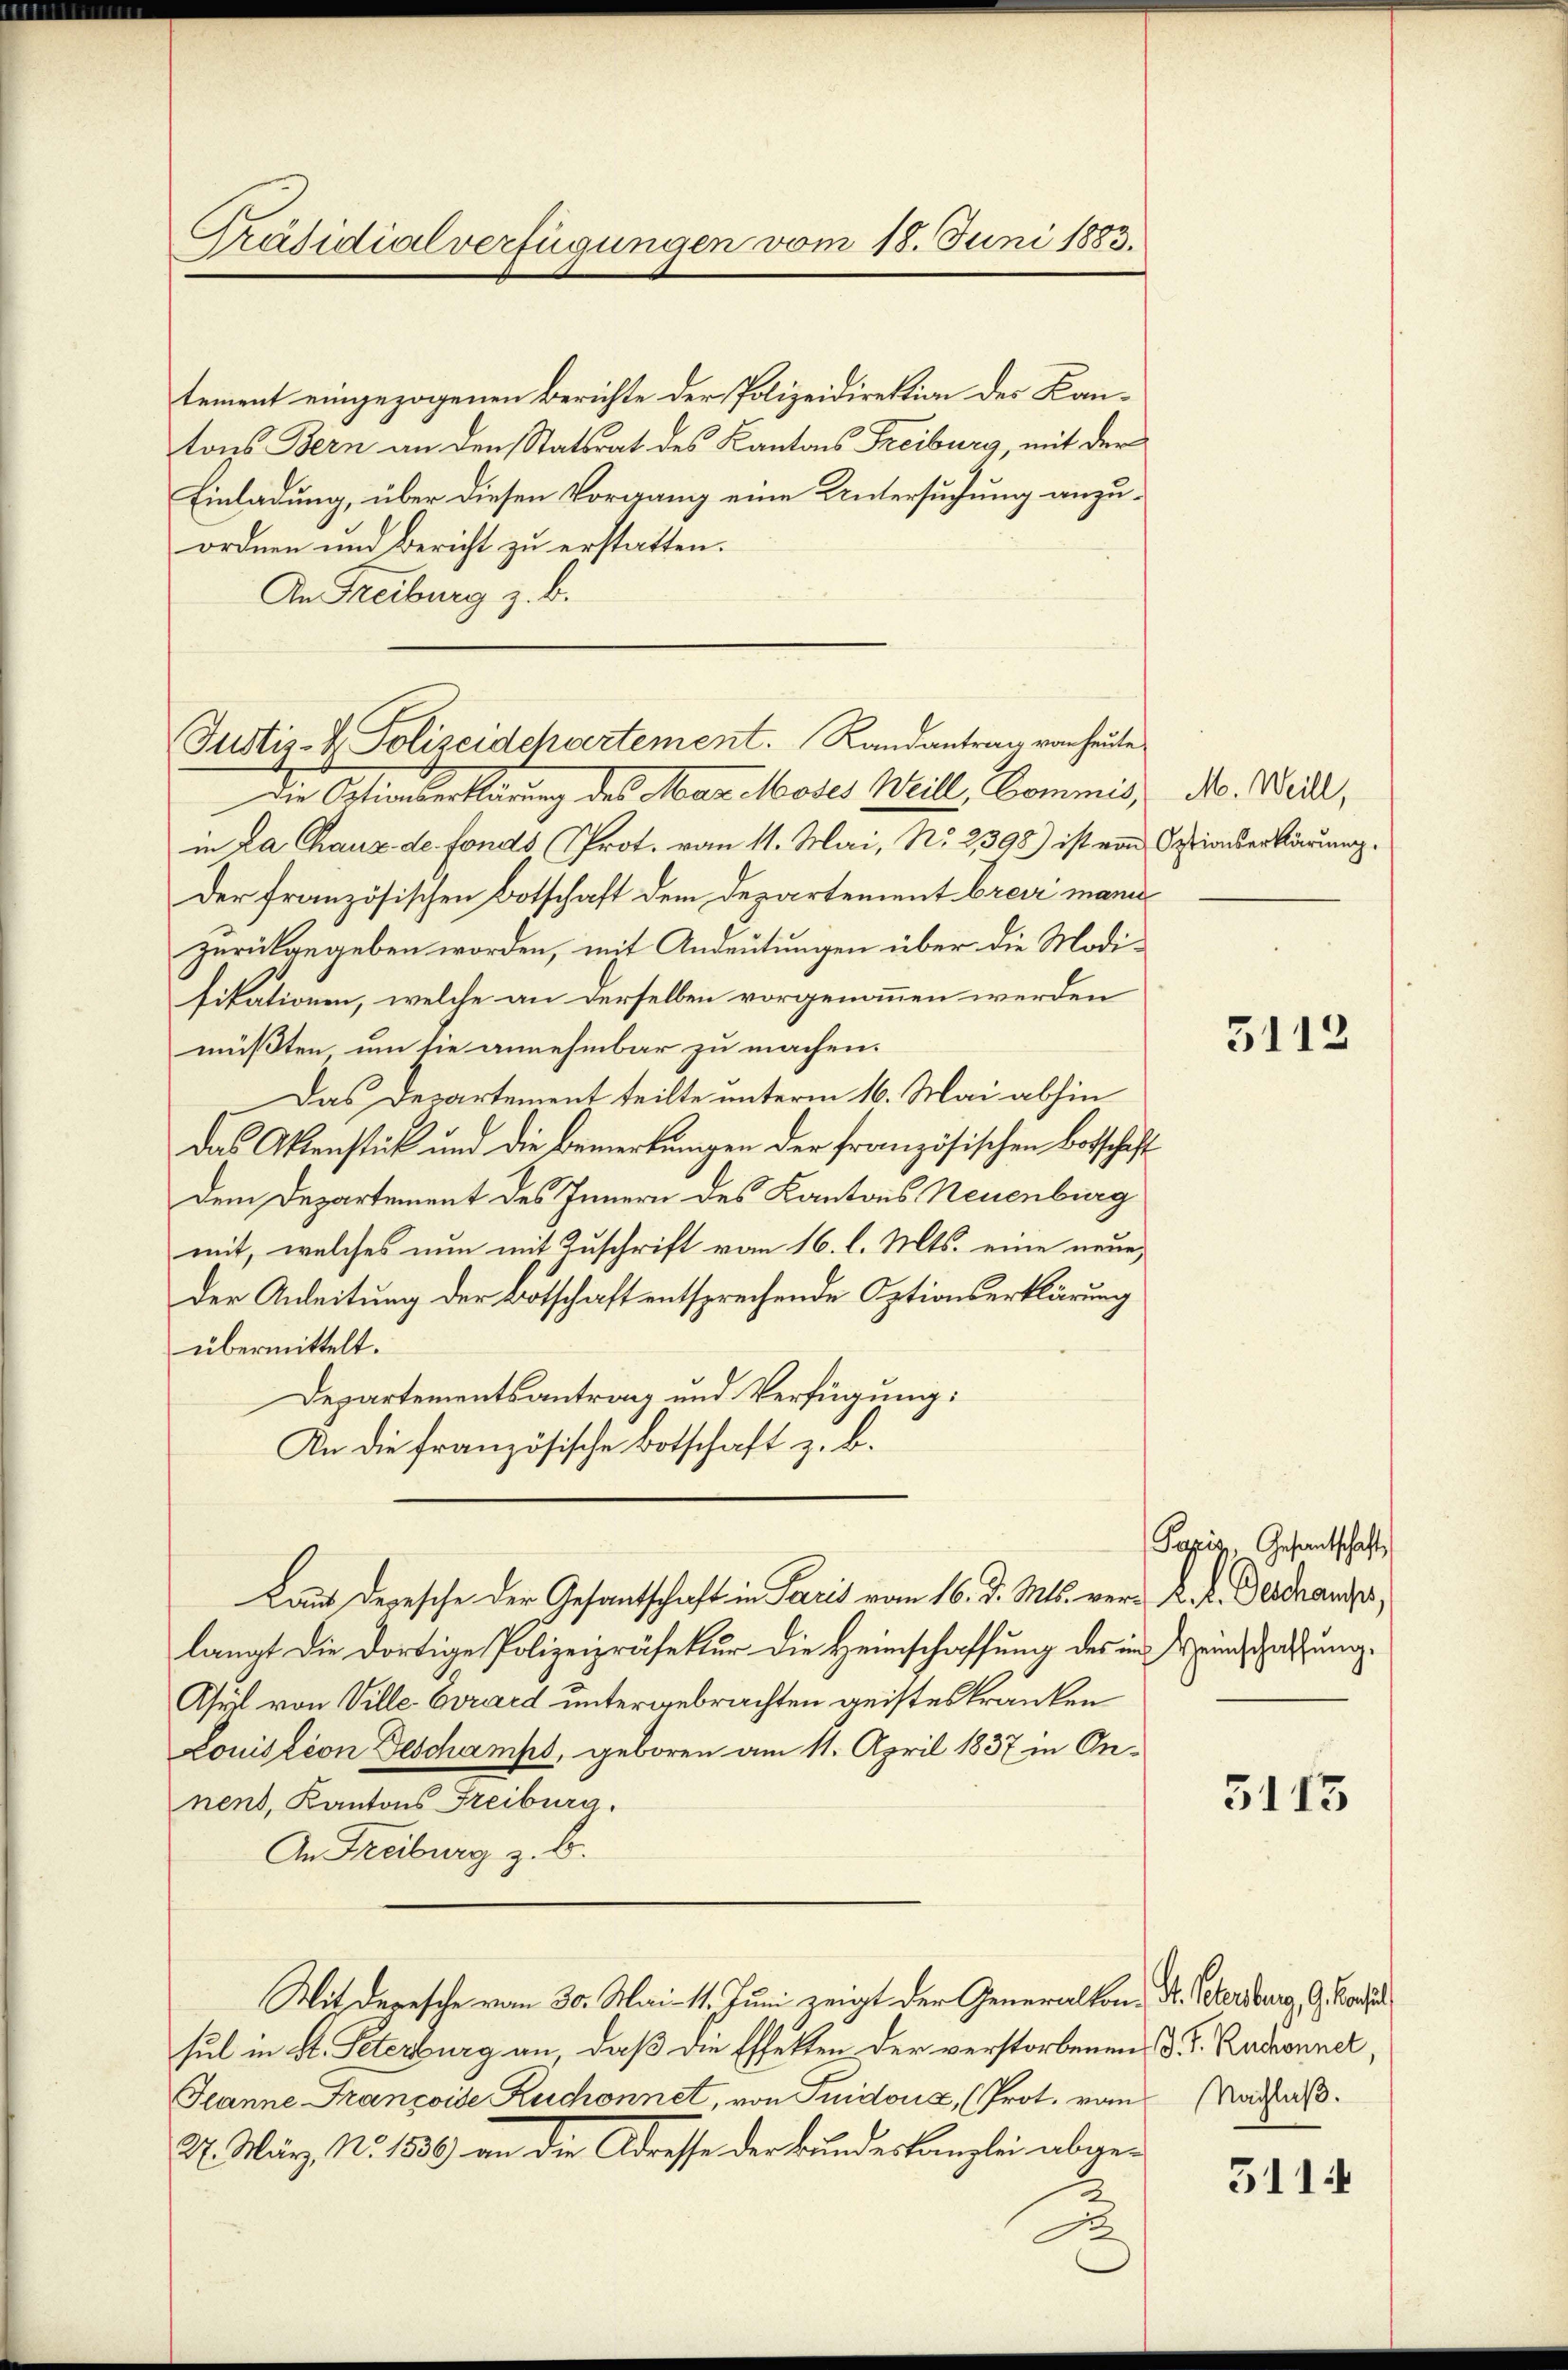
Präsidialverfügungen vom 18. Juni 1883.

tement eingezogenen Berichte der Polizeidirektion des Kantons Bern an den Statsrat des Kantons Freiburg, mit der
Einladung, über diesen Vorgang eine Untersuchung anzuordnen und Bericht zu erstatten.
An Freiburg z. B.

Justiz- & Polizeidchartement. Randantrag von heute

Die Ortionserklärung des Max Moses Weill, Commis, No. Weil,
in da Chaus de fonds Prot. vom 11. Mai, No. 2398) ist von Optionserklärung.
Der französischen Botschaft dem Departement brevi manizurückgegeben worden, mit Andeutungen über die Modifikationen, welche an derselben vorgenommen werden
müßten um sie annehmbar zu machen.
Das Departement teilte unterm 16. Mai abhin
Das Aktenstück und die Bemerkungen der französischen Botschaft
Dem Departement des Innern des Kantons Neuenburg
mit, welches nun mit Zuschrift vom 16. l. Mts. eine neue
der Anleitung der Botschaft entsprechende Optionserklärung
übermittelt.
Departementsantrag und Verfügung:
An die französische Botschaft z. B.
Daus Depesche der Gesantschaft in Paris vom 16. d. Mts. verr K. A. Gerdrandes,
langt die dortige Polizeipräsektur die Heimschaffung des im Weinschaffung
Asyl von Ville Corard untergebrachten geisteskranken
Louission Geschamps, geboren am 11. April 1837 in Annent, Kantons Freiburg.
An Freiburg z. B.
Mit deresche vom 30. Mai 11. Juni zeigt der Generalton, Dr. Petersburg, G. Bossa
sul in St. Peterburg an, daß die Effekten der verstorbenen d. d. Radhonner
Jeanne Françoise Zuchonnet, von Suidouz, (Prot. vom Nachlaß.
2. März No. 1889 an die Adresse der Bundeskanzlei abge-

3112

Pazis, Gesandtschaft

3113

5114